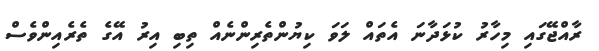
ރާއްޖޭގައި މިހާރު ކުޅަދާނަ އެތައް ލަވަ ކިޔުންތެރިންނެއް ތިބި އިރު އޭގެ ތެރެއިންވެސް